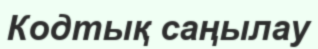
Кодтық саңылау